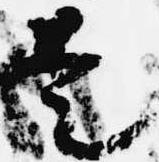
是